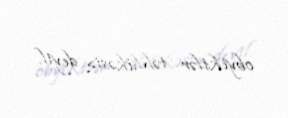
obyektlər təhlükəsiz deyil.